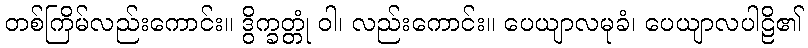
တစ်ကြိမ်လည်းကောင်း။ ဒွိက္ခတ္တုံ ဝါ၊ လည်းကောင်း။ ပေယျာလမုခံ၊ ပေယျာလပါဠိ၏